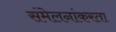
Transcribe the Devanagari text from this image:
संमेलनांकरता